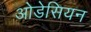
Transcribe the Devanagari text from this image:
ओडेसियन